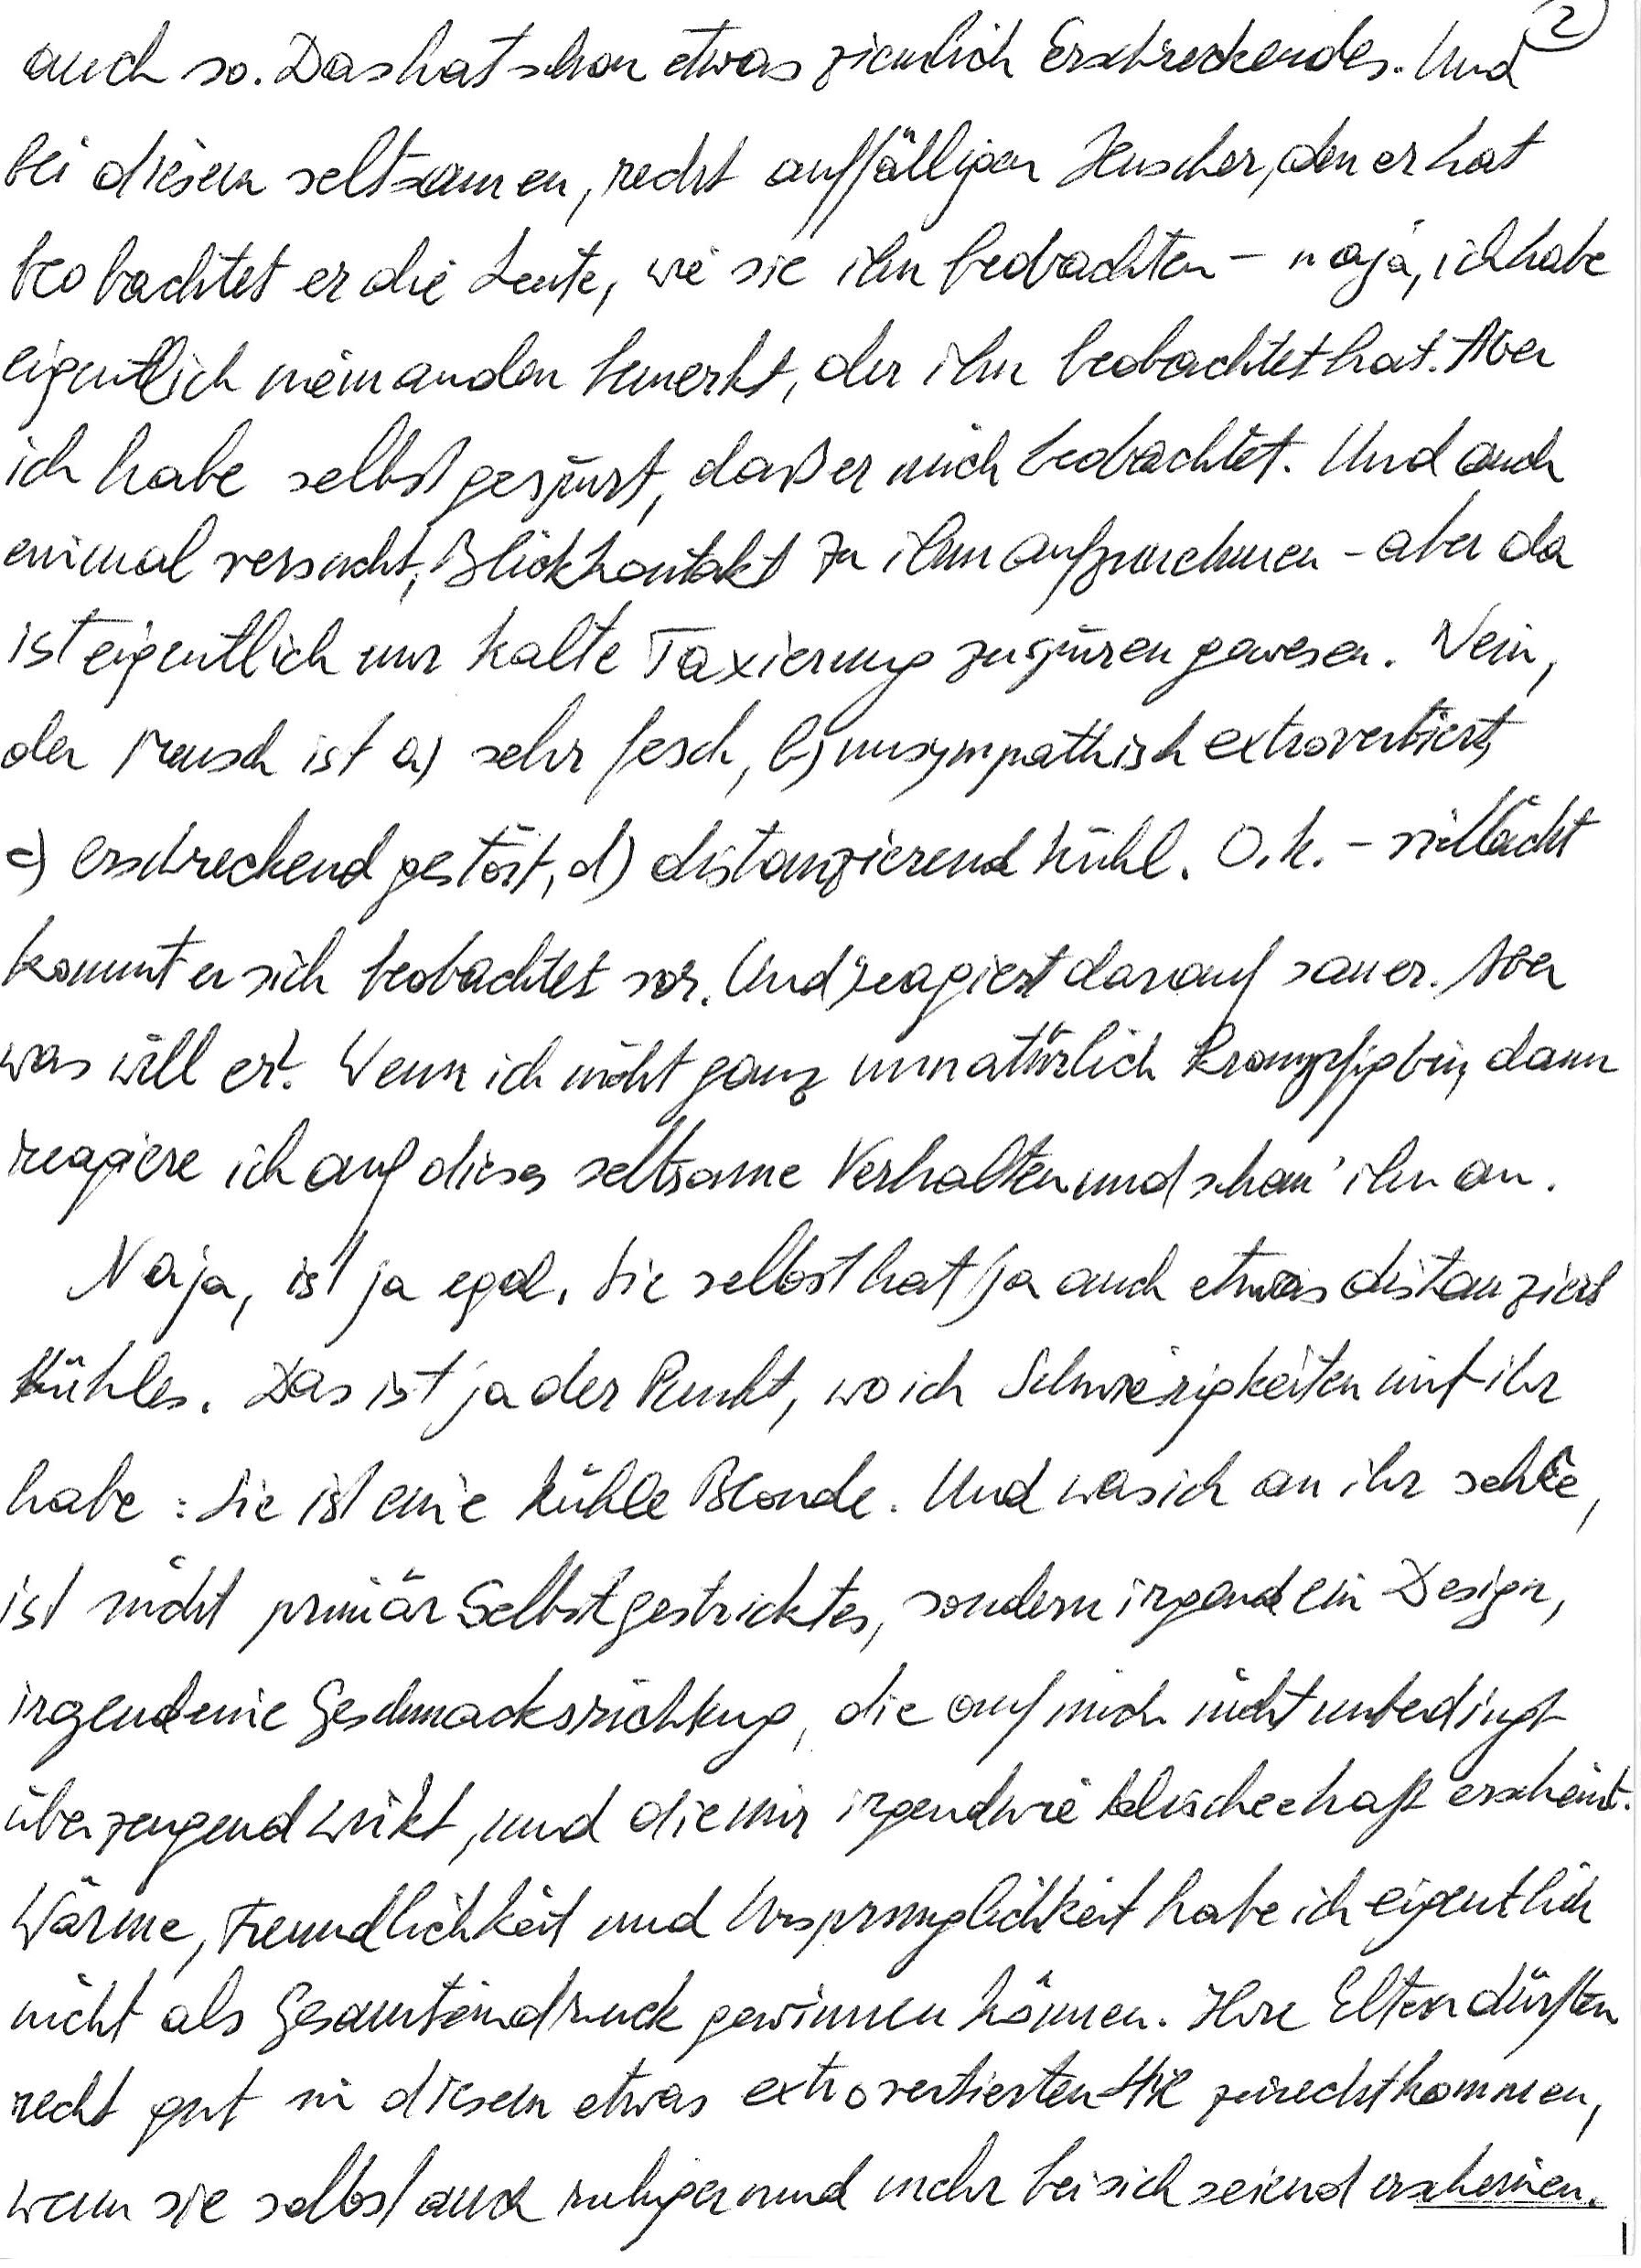
auch so. Das hat schon etwas ziemlich Erschreckendes. Und
bei diesem seltsamen, recht auffälligen Huscher, den er hat
beobachtet er die Leute, wie sie ihn beobachten – naja, ich habe
eigentlich niemanden bemerkt, der ihn beobachtet hat. Aber
ich habe selbst gespürt, daß er mich beobachtet. Und auch
einmal versucht, Blickkontakt zu ihm aufzunehmen – aber da
ist eigentlich nur kalte Taxierung zu spüren gewesen. Nein,
der Mensch ist a) sehr fesch, b) unsympathisch extrovertiert,
c) erschreckend gestört, d) distanzierend kühl. O. k. – vielleicht
kommt er sich beobachtet vor. Und reagiert darauf sauer. Aber
was will er? Wenn ich nicht ganz unnatürlich krampfig bin, dann
reagiere ich auf dieses seltsame Verhalten und schau‘ ihn an.
Naja, ist ja egal. Sie selbst hat ja auch etwas distanziert
Kühles. Das ist ja der Punkt, wo ich Schwierigkeiten mit ihr
habe: Sie ist eine kühle Blonde. Und was ich an ihr sehe,
ist nicht primär Selbstgestricktes, sondern irgendein Design,
irgendeine Geschmacksrichtung, die auf mich nicht unbedingt
überzeugend wirkt, und die mir irgendwie klischeehaft erscheint.
Wärme, Freundlichkeit und Ursprünglichkeit habe ich eigentlich
nicht als Gesamteindruck gewinnen können. Ihre Eltern dürften
recht gut in diesem etwas extrovertierten Stil zurechtkommen,
wenn sie selbst auch ruhiger und mehr bei sich seiend erscheinen.